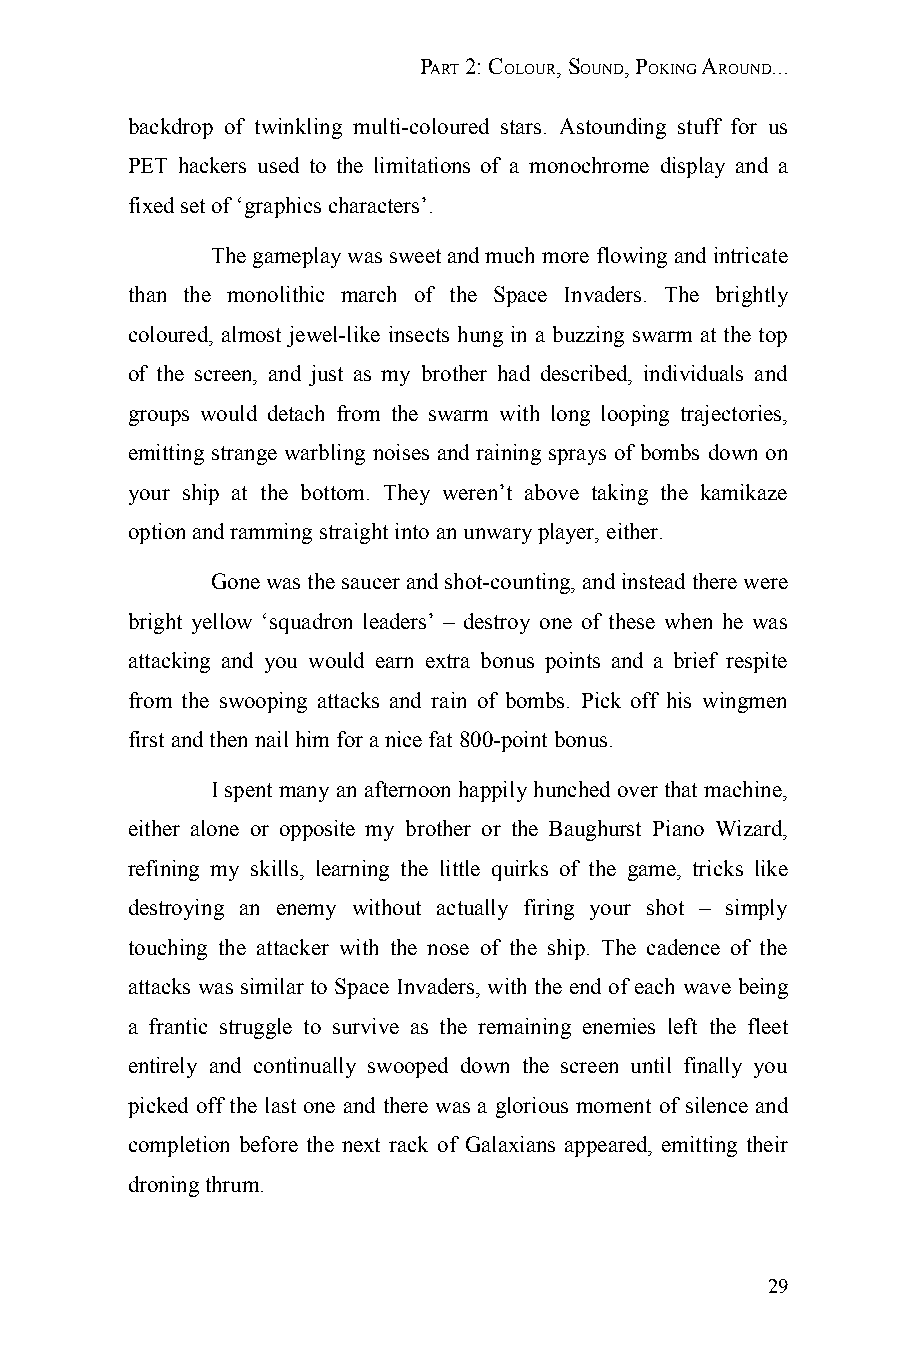
PART 2: COLOUR, SOUND, POKING AROUND...
 backdrop of twinkling multi-coloured stars. Astounding stuff for us
 PET hackers used to the limitations of a monochrome display and a
 fixed set of ‘graphics characters’.
 The gameplay was sweet and much more flowing and intricate
 than the monolithic march of the Space Invaders. The brightly
 coloured, almost jewel-like insects hung in a buzzing swarm at the top
 of the screen, and just as my brother had described, individuals and
 groups would detach from the swarm with long looping trajectories,
 emitting strange warbling noises and raining sprays of bombs down on
 your ship at the bottom. They weren’t above taking the kamikaze
 option and ramming straight into an unwary player, either.
 Gone was the saucer and shot-counting, and instead there were
 bright yellow ‘squadron leaders’ – destroy one of these when he was
 attacking and you would earn extra bonus points and a brief respite
 from the swooping attacks and rain of bombs. Pick off his wingmen
 first and then nail him for a nice fat 800-point bonus.
 I spent many an afternoon happily hunched over that machine,
 either alone or opposite my brother or the Baughurst Piano Wizard,
 refining my skills, learning the little quirks of the game, tricks like
 destroying an enemy without actually firing your shot – simply
 touching the attacker with the nose of the ship. The cadence of the
 attacks was similar to Space Invaders, with the end of each wave being
 a frantic struggle to survive as the remaining enemies left the fleet
 entirely and continually swooped down the screen until finally you
 picked off the last one and there was a glorious moment of silence and
 completion before the next rack of Galaxians appeared, emitting their
 droning thrum.
 29